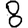
Digit: 8